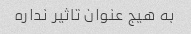
به هیج عنوان تاثیر نداره